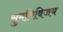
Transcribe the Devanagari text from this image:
सुमतिविजय